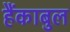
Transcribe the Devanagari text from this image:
हैंकाबुल